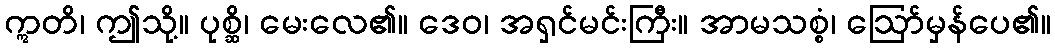
ဣတိ၊ ဤသို့။ ပုစ္ဆိ၊ မေးလေ၏။ ဒေဝ၊ အရှင်မင်းကြီး။ အာမသစ္စံ၊ ဩော်မှန်ပေ၏။